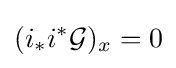
(i_{*}i^{*}{\mathcal {G}})_{x}=0